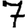
Digit: 7